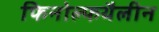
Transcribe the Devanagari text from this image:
फिनोल्फथैलीन